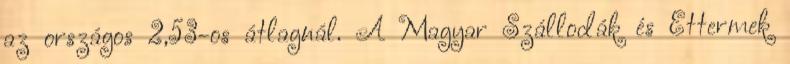
az országos 2,53-os átlagnál. A Magyar Szállodák és Éttermek